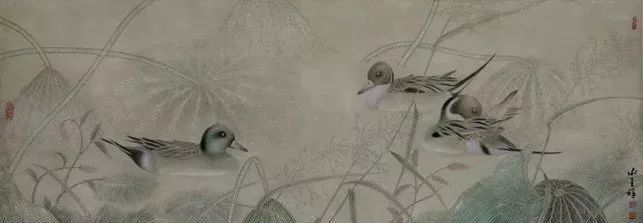
天不为人之恶寒也辍冬，地不为人之恶辽远也辍广，君子不为小人之匈匈也辍行。